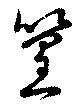
篁